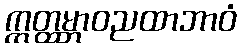
ဣတ္ထမ္ဘာဝညထာဘာဝံ